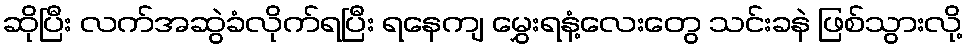
ဆိုပြီး လက်အဆွဲခံလိုက်ရပြီး ရနေကျ မွှေးရနံ့လေးတွေ သင်းခနဲ ဖြစ်သွားလို့